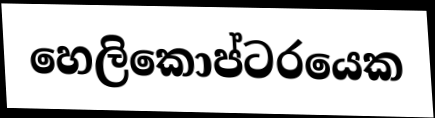
හෙලිකොප්ටරයෙක